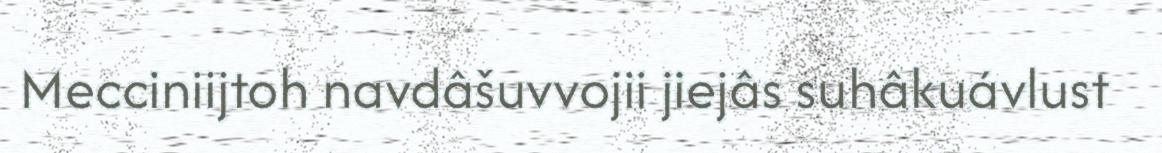
Mecciniijtoh navdâšuvvojii jiejâs suhâkuávlust